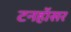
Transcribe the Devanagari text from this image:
टनहॉसर